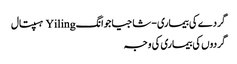
گردے کی بیماری - شاجیاجوانگ Yiling ہسپتال
گردوں کی بیماری کی وجہ